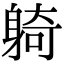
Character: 躸